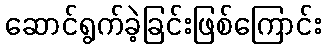
ဆောင်ရွက်ခဲ့ခြင်းဖြစ်ကြောင်း